Indian journal of veterinary science and animal husbandry - Volume 9,
Year: 1939
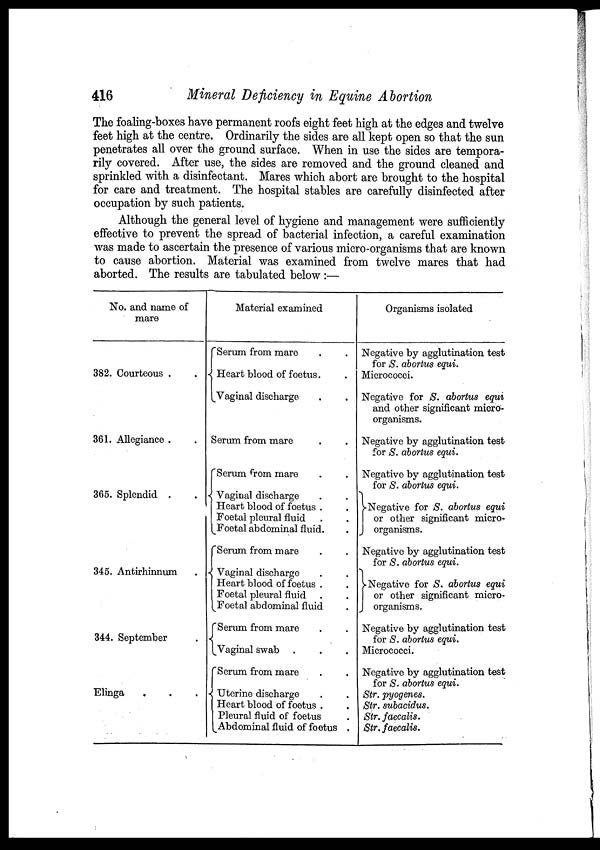
416
Mineral Deficiency in Equine Abortion
The foaling-boxes have permanent roofs eight feet high at the edges and twelve
feet high at the centre. Ordinarily the sides are all kept open so that the sun
penetrates all over the ground surface. When in use the sides are tempora-
rily covered. After use, the sides are removed and the ground cleaned and
sprinkled with a disinfectant. Mares which abort are brought to the hospital
for care and treatment. The hospital stables are carefully disinfected after
occupation by such patients.
Although the general level of hygiene and management were sufficiently
effective to prevent the spread of bacterial infection, a careful examination
was made to ascertain the presence of various micro-organisms that are known
to cause abortion. Material was examined from twelve mares that had
aborted. The results are tabulated below :—
No. and name of
mare
382. Courteous . .
361. Allegiance . .
365. Splendid . .
345. Antirhinnum .
344. September .
Elinga . . .
Material examined
Serum from mare . .
Heart blood of foetus.
Vaginal discharge . .
Serum from mare . .
Serum from mare . .
Vaginal discharge . .
Heart blood of foetus . .
Foetal pleural fluid . .
Foetal abdominal fluid. .
Serum from mare . .
Vaginal discharge . .
Heart blood of foetus . .
Foetal pleural fluid . .
Foetal abdominal fluid .
Serum from mare . .
Vaginal swab . .
Serum from mare . .
Uterine discharge . .
Heart blood of foetus . .
Pleural fluid of foetus
.
Abdominal fluid of foetus .
Organisms isolated
Negative by agglutination test
for S. abortus equi.
Micrococci.
Negative for S. abortus equi
and other significant micro-
organisms.
Negative by agglutination test
for S. abortus equi.
Negative by agglutination test
for S. abortus equi.
Negative for S. abortus equi
or other significant micro-
organisms.
Negative by agglutination test
for S. abortus equi.
Negative for S. abortus equi
or other significant micro-
organisms.
Negative by agglutination test
for S. abortus equi.
Micrococci.
Negative by agglutination test
for S. abortus equi.
Str. pyogenes.
Str. subacidus.
Str. faecalis.
Str. faecalis.